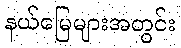
နယ်မြေများအတွင်း